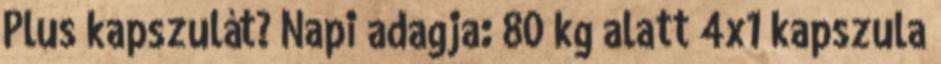
Plus kapszulát? Napi adagja: 80 kg alatt 4x1 kapszula